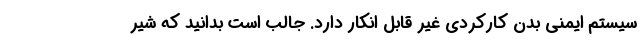
سیستم ایمنی بدن کارکردی غیر قابل انکار دارد. جالب است بدانید که شیر